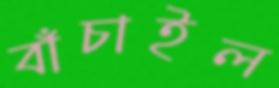
বাঁচাইল